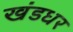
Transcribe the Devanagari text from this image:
खंडधर